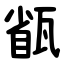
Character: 㼳